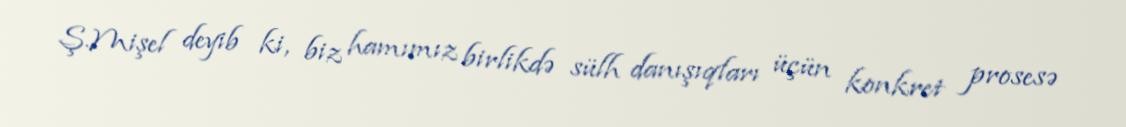
Ş.Mişel deyib ki, biz hamımız birlikdə sülh danışıqları üçün konkret prosesə